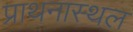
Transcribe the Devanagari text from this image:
प्राथनास्थल